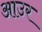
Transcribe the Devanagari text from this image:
आउर